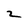
Character: z